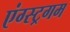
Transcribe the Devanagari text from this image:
एंग्स्ट्रगम